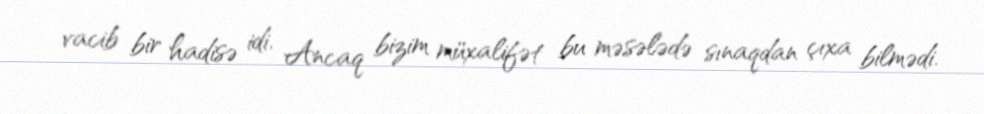
vacib bir hadisə idi. Ancaq bizim müxalifət bu məsələdə sınaqdan çıxa bilmədi.